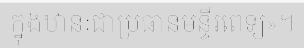
ក្នុងឋានៈជាប្រធានមន្ទីរពេទ្យ»។